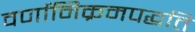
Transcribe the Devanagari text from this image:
वर्णानिक्रमपद्धति